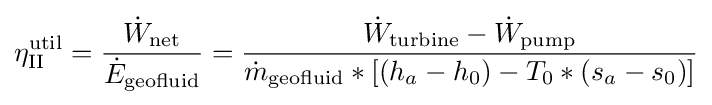
\eta _{\text{II}}^{\text{util}}={\frac {{\dot {W}}_{\text{net}}}{{\dot {E}}_{\text{geofluid}}}}={\frac {{\dot {W}}_{\text{turbine}}-{\dot {W}}_{\text{pump}}}{{\dot {m}}_{\text{geofluid}}*[(h_{a}-h_{0})-T_{0}*(s_{a}-s_{0})]}}